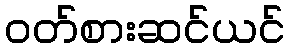
ဝတ်စားဆင်ယင်